Report on sanitation, dispensaries, and jails in Rajputana for 1911, and on vaccination for the year 1911-1912 - 1911-1912
Year: 1911
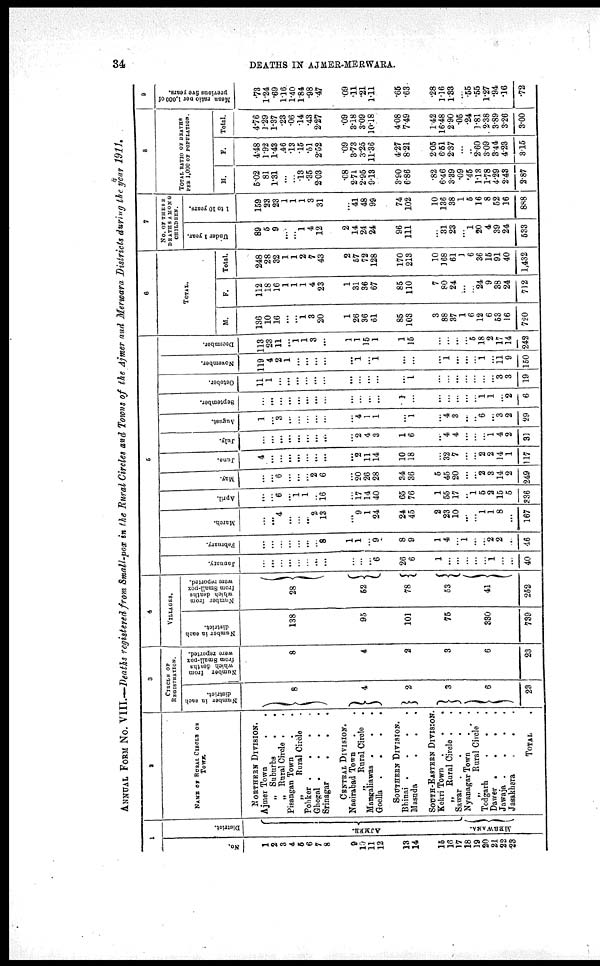
34
DEATHS IN AJMER-MERWARA.
ANNUAL FROM No. VIII.—Deaths registered from Small-pox in the Rural Circles and Towns of the Ajmer and Merwara Districts during the year 1911.
1
No.
1
2
3
4
5
6
7
8
9
10
11
12
13
14
15
16
17
18
19
20
21
22
23
District.
AJMER.
MERWARA.
2
NAME OF RURAL CIRCLE OR
TOWN.
NORTHERN DIVISION.
Ajmer Town . .
„ Suburbs
. .
„ Rural Circle . .
Pisangan Town . .
„
Rural Circle .
Pohker .
.
.
.
Ghegal .
.
.
.
Srinagar
.
. .
CENTRAL DIVISION.
Nasirabad Town . .
„
Rural Circle .
Mangaliawas .
. .
Goella .
.
.
.
SOUTHERN DIVISION.
Bhinai .
.
.
.
Masuda
.
.
.
SOUTH-EASTERN DIVISION.
Kekri Town
.
.
.
„ Rural Circle . .
Sawar .
.
.
.
Nyanagar Town . .
„
Rural Circle .
Todgarh
.
.
.
Dawer .
.
.
.
Jawaja .
.
.
.
Jasakhera
.
. .
TOTAL .
3
CIRCLE OF
REGISTRATION.
Number in each
district.
8
4
2
3
6
23
Number from
which deaths
from Small-pox
were reported.
8
4
2
3
6
23
4
VILLAGES.
Number in each
district.
138
95
101
75
330
739
Number from
which deaths
from Small-pox
were reported.
28
52
78
53
41
252
5
January.
...
...
...
...
...
...
...
...
...
...
...
6
26
6
1
...
...
...
...
...
1
...
...
40
February.
...
...
...
...
...
...
...
8
1
1
...
9
8
9
1
4
...
1
...
...
2
2
...
46
March.
...
...
4
...
...
...
2
13
...
9
1
24
24
45
2
23
10
...
...
1
1
8
...
167
April.
...
...
6
...
1
1
...
16
...
17
14
40
65
76
1
55
17
..
1
5
2
15
5
336
May.
...
...
6
...
...
...
2
6
...
20
26
28
34
36
5
45
20
...
...
2
3
14
2
249
June.
4
...
...
...
...
...
...
...
...
2
11
14
10
18
...
32
7
...
...
2
2
14
1
117
July.
...
...
...
...
...
...
...
...
2
4
3
1
6
...
4
4
...
...
...
1
4
2
31
August.
1
...
3
...
...
...
...
...
...
4
1
1
...
1
...
4
3
...
...
6
...
3
2
29
September.
...
...
...
...
...
...
...
...
...
...
...
...
1
...
...
...
...
...
...
1
1
...
2
6
October.
11
1
...
...
...
...
...
...
...
...
...
...
...
1
...
...
...
...
...
...
...
3
3
19
November.
119
4
2
1
...
...
...
...
...
1
...
1
...
...
...
1
...
...
...
1
...
11 9
150
December.
113
23
11
...
1
1
3
...
1
1
15
1
1
15
...
...
...
...
5
18
2
17
14
242
6
TOTAL.
M.
136
10
16
...
...
1
3
20
1
26
36
61
85
103
3
88
37
1
6
12
6
53
16
720
F.
112
18
16
1
1
1
4
23
1
31
36
67
85
110
7
80
24
...
...
24
9
38
24
712
Total.
248
28
32
1
1
2
7
43
2
57
72
128
170
213
10
168
61
1
6
36
15
91
40
1,432
7
NO. OF THESE
DEATHS AMONG
CHILDREN.
Under 1 year.
89
5
9
...
...
1
4
12
2
14
24
24
96
111
...
31
23
...
1
20
4
39
24
533
1 to 10 years.
159
23
23
1
1
1
3
31
...
41
48
99
74
102
10
136
38
1
5
16
8
52
16
888
8
TOTAL RATIO OF DEATHS
PER 1,000 OF POPULATION.
M.
5.02
81
1.31
...
...
.13
.35
2.03
.08
2.71
2.95
9.13
3.90
6.86
.82
6.46
339
.09
.45
1.18
1.78
4.29
2.43
2.87
F.
4.48
1.92
1.43
.46
.13
.15
.51
2.52
.09
3.73
3.25
11.36
4.27
8.21
2.05
6.51
2.37
...
..
2.60
3.09
3.44
4.23
3.15
Total.
4.76
1.29
1.37
.23
.06
.14
.43
2.27
.09
3.18
3.09
10.18
4.08
7.49
1.42
16.48
2.90
.05
.24
1.81
2.38
3.89
3.26
3.00
9
Mean ratio per 1,000 of
previous five years.
.73
1.24
.69
1.16
1.40
1.84
.98
.47
.09
.11
.21
1.11
.65
.63
.28
1.16
1.33
...
.55
.55
1.27
.94
.16
.72